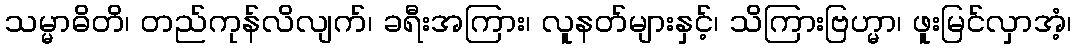
သမ္မာဓိတိ၊ တည်ကုန်လိလျက်၊ ခရီးအကြား၊ လူနတ်များနှင့်၊ သိကြားဗြဟ္မာ၊ ဖူးမြင်လှာအံ့၊